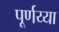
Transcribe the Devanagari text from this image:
पूर्णय्या